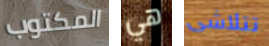
المكتوب هي تتلاشى